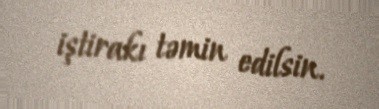
iştirakı təmin edilsin.